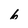
Character: b